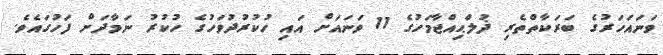
ވަނައަހަރުގެ ބަރަކާތްތެރި ޛުލްޙިއްޖާމަހުގެ 11 ވަނައަށް އައި ހުކުރުދުވަހުގެ ހުކުރު ނަމާދަށް ފަހުގައެވެ.